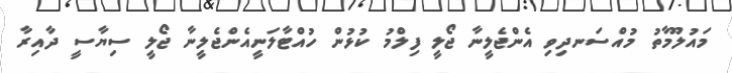
މައުލޫމާތު މުއްސަނދިވި އެންޖެލީނާ ޖޯލީ ފިލްމު ކުޅުން ހުއްޓާލަނީއެންޖެލީނާ ޖޯލީ ސިޔާސީ ދާއިރާ